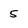
Character: 5